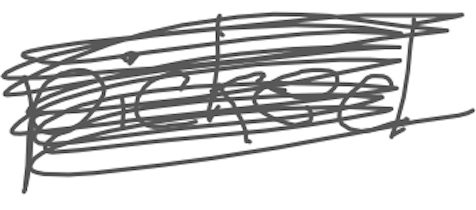
Text: picked
Cross-out: scratch
Writing tool: digital_gray